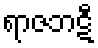
ရာဇဘဋီ